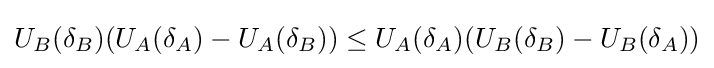
U_{B}(\delta _{B})(U_{A}(\delta _{A})-U_{A}(\delta _{B}))\leq U_{A}(\delta _{A})(U_{B}(\delta _{B})-U_{B}(\delta _{A}))